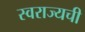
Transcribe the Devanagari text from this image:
स्वराज्यची